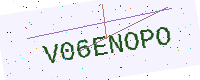
Text: V06ENOPO